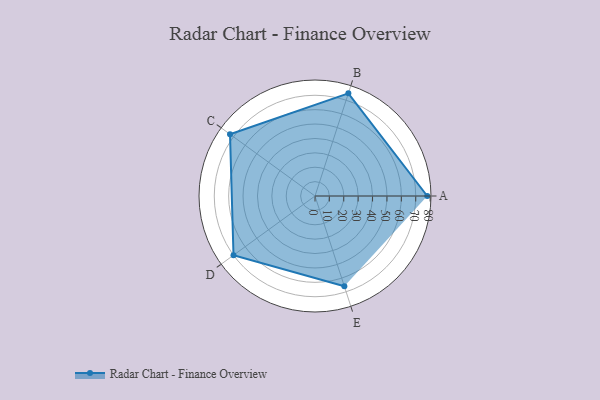
{"axis": {"x": "Skill", "y": "Score"}, "legend": ["Profile"], "data": [{"x": "A", "y": 78.0, "type": "Profile"}, {"x": "B", "y": 75.0, "type": "Profile"}, {"x": "C", "y": 73.0, "type": "Profile"}, {"x": "D", "y": 70.0, "type": "Profile"}, {"x": "E", "y": 66.0, "type": "Profile"}]}